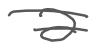
Text: a
Cross-out: double-line
Writing tool: digital_gray